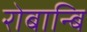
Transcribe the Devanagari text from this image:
रोबान्बि